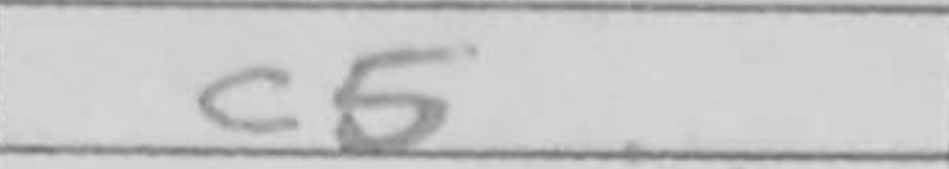
Transcription: c5